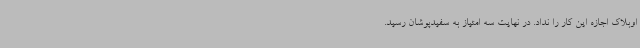
اوبلاک اجازه این کار را نداد. در نهایت سه امتیاز به سفیدپوشان رسید.